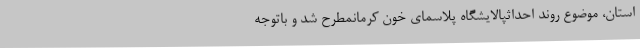
استان، موضوع روند احداثپالایشگاه پلاسمای خون کرمانمطرح شد و باتوجه